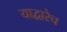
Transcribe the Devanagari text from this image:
याद्वारेच